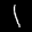
Label: 1